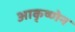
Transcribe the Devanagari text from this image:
आकृष्णेन